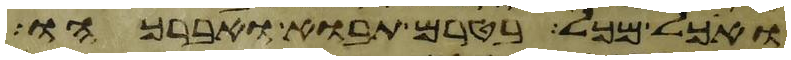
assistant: ואכל מכל בטרם תבוא ואברכהו